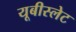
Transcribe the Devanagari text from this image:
यूबीस्लेट